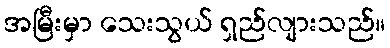
အမြီးမှာ သေးသွယ် ရှည်လျားသည်။